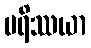
ပရိဿယာ